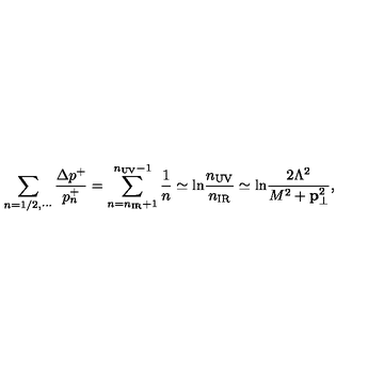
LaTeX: \sum _ { n = 1 / 2 , \cdots } { \frac { \Delta p ^ { + } } { p _ { n } ^ { + } } } = \sum _ { n = n _ { \mathrm { I R } } + 1 } ^ { n _ { \mathrm { U V } } - 1 } \frac { 1 } { n } \simeq \mathrm { l n } \frac { n _ { \mathrm { U V } } } { n _ { \mathrm { I R } } } \simeq \mathrm { l n } \frac { 2 \Lambda ^ { 2 } } { M ^ { 2 } + { \bf p } _ { \bot } ^ { 2 } } ,